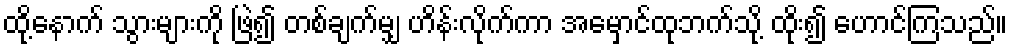
ထို့နောက် သွားများကို ဖြဲ၍ တစ်ချက်မျှ ဟိန်းလိုက်ကာ အမှောင်ထုဘက်သို့ ထိုး၍ ဟောင်ကြသည်။